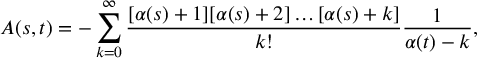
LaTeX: A ( s , t ) = - \sum _ { k = 0 } ^ { \infty } \frac { [ \alpha ( s ) + 1 ] [ \alpha ( s ) + 2 ] \ldots [ \alpha ( s ) + k ] } { k ! } \frac { 1 } { \alpha ( t ) - k } ,